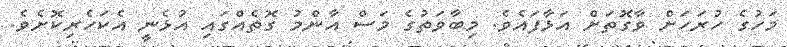
މަހުގެ ހުރަހަށް ވާގޮތަށް އަޅާފައެވެ. މިބާވަތުގެ މަސް އާންމު ގޮތެއްގައި އުޅެނީ އެކަހެރިކޮށެވެ.